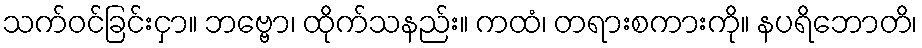
သက်ဝင်ခြင်းငှာ။ ဘဗ္ဗော၊ ထိုက်သနည်း။ ကထံ၊ တရားစကားကို။ နပရိဘောတိ၊